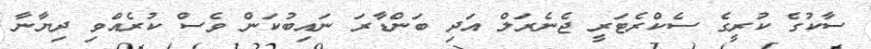
ސާކުގެ ކުރީގެ ސެކްރެޓަރީ ޖެނެރަލް އަދި ބަންޑާރަ ނައިބުކަން ވެސް ކުރެއްވި ދިޔާނާ